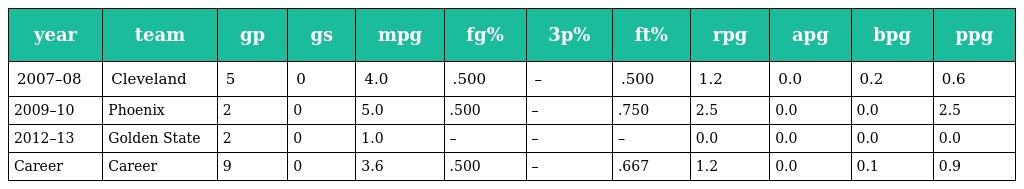
| year | team | gp | gs | mpg | fg% | 3p% | ft% | rpg | apg | bpg | ppg |
 | --- | --- | --- | --- | --- | --- | --- | --- | --- | --- | --- | --- |
 | 2007–08 | Cleveland | 5 | 0 | 4.0 | .500 | – | .500 | 1.2 | 0.0 | 0.2 | 0.6 |
 | 2009–10 | Phoenix | 2 | 0 | 5.0 | .500 | – | .750 | 2.5 | 0.0 | 0.0 | 2.5 |
 | 2012–13 | Golden State | 2 | 0 | 1.0 | – | – | – | 0.0 | 0.0 | 0.0 | 0.0 |
 | Career | Career | 9 | 0 | 3.6 | .500 | – | .667 | 1.2 | 0.0 | 0.1 | 0.9 |